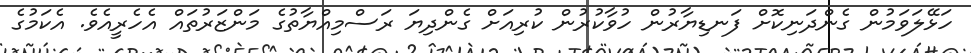
ހަޅޭލަވަމުން ގެންދަނިކޮށް ފަނޑިޔާރުން ހުވާކުރުން ކުރިއަށް ގެންދިޔަ ރަސްމިއްޔާތުގެ މަންޒަރުތައް އެހެރީއެވެ. އެކަމުގެ